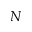
N